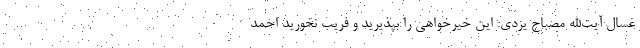
غسال آیت‌الله مصباح یزدی: این خیرخواهی را بپذیرید و فریب نخورید احمد